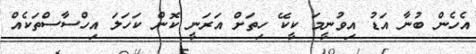
އެހެން ބުނާ އަޑު އިވުނީމަ ކީކޭ ހިތަށް އަރަނީ ކޮން ކަހަލަ އިހްސާސްތަކެއް